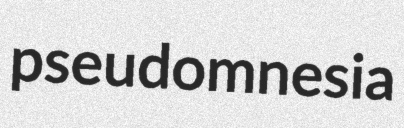
pseudomnesia